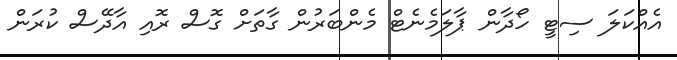
އެއްކަލަ ސިޓީ ހޯދާން ޕާލަމެނެޓް މެންބަރުން ގާތަށް ގޮސް ރޮއި އާދޭސް ކުރަން